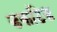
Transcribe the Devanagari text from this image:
डकटिड